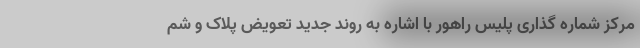
مرکز شماره گذاری پلیس راهور با اشاره به روند جدید تعویض پلاک و شم